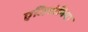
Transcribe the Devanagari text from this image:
एन्हिडोनिया